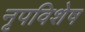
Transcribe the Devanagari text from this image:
नृपविशेष